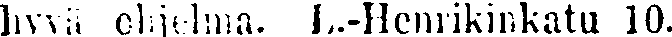
hyvä ohjelmä. L.-Henrikinkatu 10.